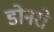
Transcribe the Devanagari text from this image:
डोनरो